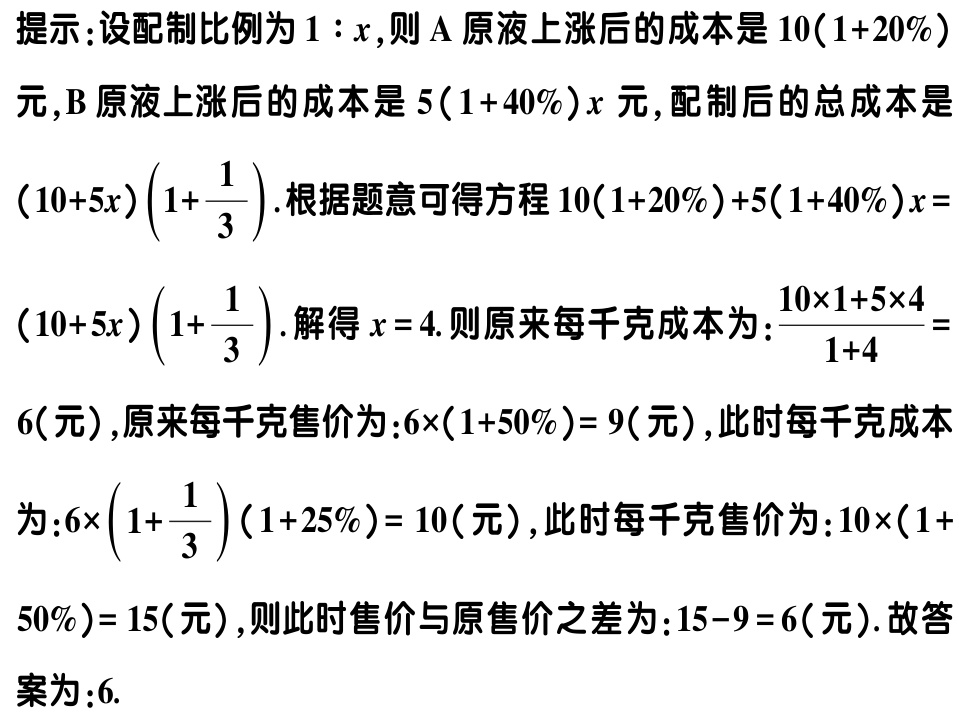
提示：设配制比例为\(1:x\)，则\(A\)原液上涨后的成本是\(10(1 + 20\%)\)元，\(B\)原液上涨后的成本是\(5(1 + 40\%)x\)元，配制后的总成本是\((10 + 5x)\left(1+\dfrac{1}{3}\right)\).根据题意可得方程\(10(1 + 20\%)+5(1 + 40\%)x=(10 + 5x)\left(1+\dfrac{1}{3}\right)\).解得\(x = 4\).则原来每千克成本为：\(\dfrac{10\times1 + 5\times4}{1 + 4}=6\)(元)，原来每千克售价为：\(6\times(1 + 50\%) = 9\)(元)，此时每千克成本为：\(6\times\left(1+\dfrac{1}{3}\right)(1 + 25\%) = 10\)(元)，此时每千克售价为：\(10\times(1 + 50\%) = 15\)(元)，则此时售价与原售价之差为：\(15 - 9 = 6\)(元).故答案为：\(6\).